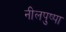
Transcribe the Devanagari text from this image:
नीलपुष्पा